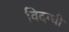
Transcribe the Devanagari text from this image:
विदग्धी